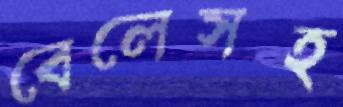
বেলেসহ